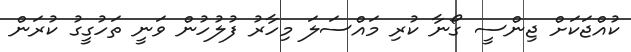
ކުއްޖަކަށް ޖިންސީ ގޯނާ ކުރި މައްސަލަ މިހާރު ފުލުހުން ވަނީ ތަހުގީގު ކުރަން